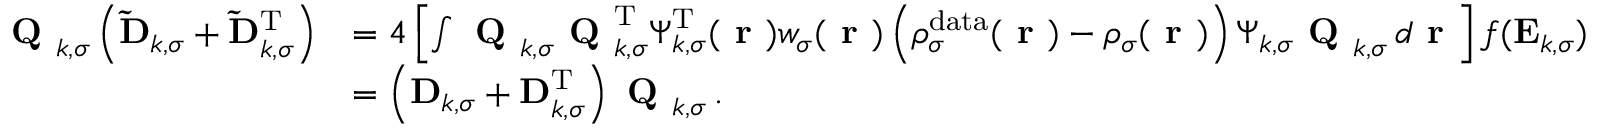
\begin{array} { r l } { \textbf { Q } _ { k , \sigma } \left( \mathbf { \widetilde { D } } _ { k , \sigma } + \mathbf { \widetilde { D } } _ { k , \sigma } ^ { \mathrm { T } } \right) } & { = 4 \left[ \int \textbf { Q } _ { k , \sigma } \textbf { Q } _ { k , \sigma } ^ { \mathrm { T } } \boldsymbol { \Psi } _ { k , \sigma } ^ { \mathrm { T } } ( \boldsymbol { \textbf { r } } ) w _ { \sigma } ( \boldsymbol { \textbf { r } } ) \left( \rho _ { \sigma } ^ { \mathrm { d a t a } } ( \boldsymbol { \textbf { r } } ) - \rho _ { \sigma } ( \boldsymbol { \textbf { r } } ) \right) \boldsymbol { \Psi } _ { k , \sigma } \textbf { Q } _ { k , \sigma } \, d \boldsymbol { \textbf { r } } \right] f ( \mathbf { E } _ { k , \sigma } ) } \\ & { = \left( \mathbf { D } _ { k , \sigma } + \mathbf { D } _ { k , \sigma } ^ { \mathrm { T } } \right) \textbf { Q } _ { k , \sigma } \, . } \end{array}